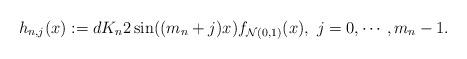
LaTeX: \begin{align*}h_{n,j}(x):= d K_n2\sin( (m_n+j) x)f_{ \mathcal{N}(0,1)}(x), \ j= 0, \cdots, m_n - 1 .\end{align*}